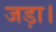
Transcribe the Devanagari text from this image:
जड़ा।